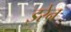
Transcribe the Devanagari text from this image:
इरेन